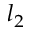
l _ { 2 }